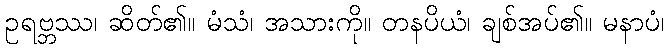
ဥရဗ္ဘဿ၊ ဆိတ်၏။ မံသံ၊ အသားကို။ တနပိယံ၊ ချစ်အပ်၏။ မနာပံ၊